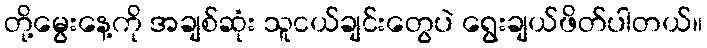
တို့မွေးနေ့ကို အချစ်ဆုံး သူငယ်ချင်းတွေပဲ ရွေးချယ်ဖိတ်ပါတယ်။